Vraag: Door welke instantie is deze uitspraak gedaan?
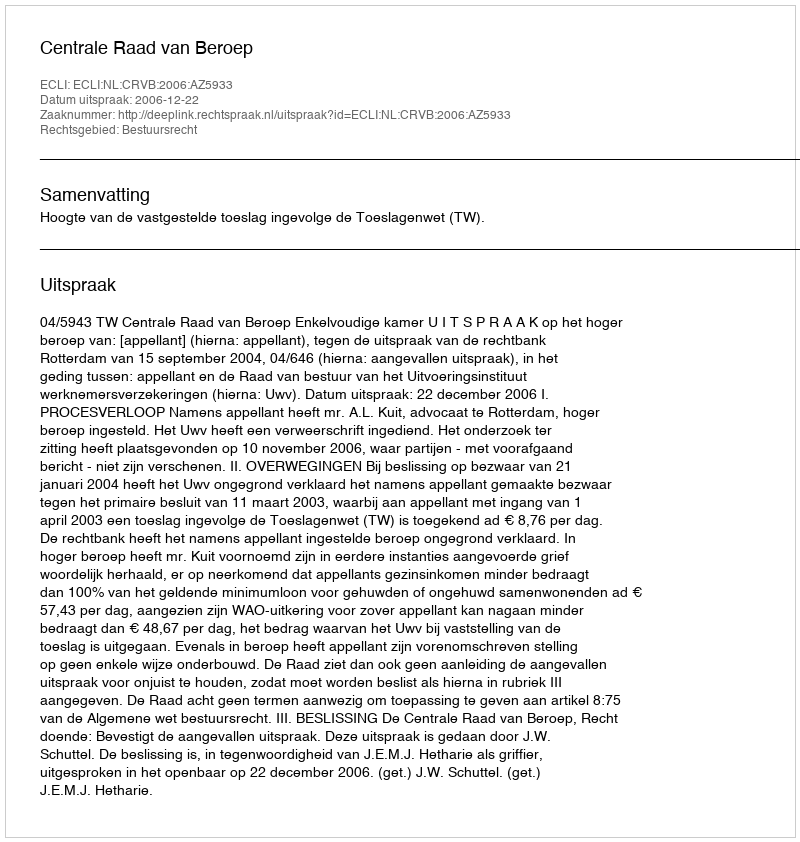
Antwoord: Centrale Raad van Beroep